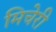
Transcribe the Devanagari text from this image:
मिचेरी